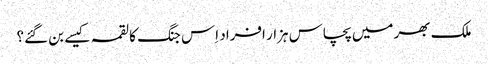
ملک بھر میں پچاس ہزار افراد اِس جنگ کا لقمہ کیسے بن گئے؟